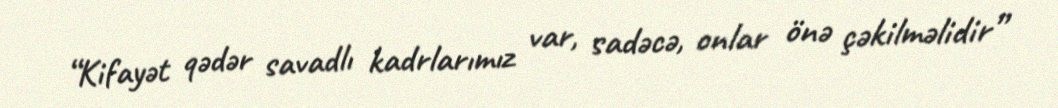
“Kifayət qədər savadlı kadrlarımız var, sadəcə, onlar önə çəkilməlidir”